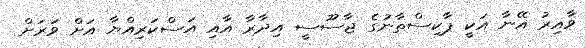
ވާއިރު އޭނާ އަކީ ޕާކިސްތާނުގެ ޖާސޫސީ އިދާރާ އާއި އަސްކަރިއްޔާ އަށް ވަރަށް